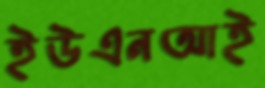
ইউএনআই